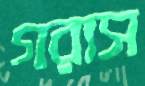
গরাস